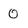
Character: 0